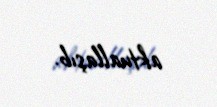
aktuallaşıb.